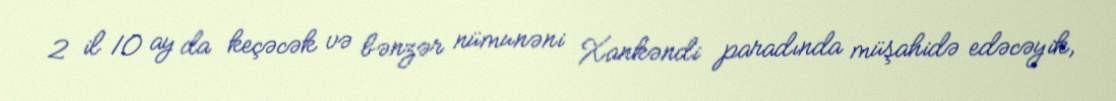
2 il 10 ay da keçəcək və bənzər nümunəni Xankəndi paradında müşahidə edəcəyik,